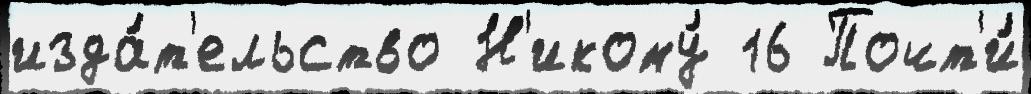
изда́т'ельство Н'икому́ 16 Почт'и́